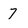
Character: 7